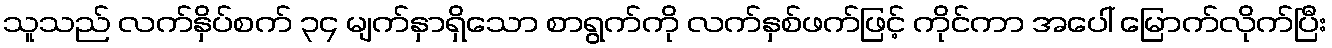
သူသည် လက်နှိပ်စက် ၃၄ မျက်နှာရှိသော စာရွက်ကို လက်နှစ်ဖက်ဖြင့် ကိုင်ကာ အပေါ် မြောက်လိုက်ပြီး